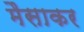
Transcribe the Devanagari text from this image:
मैसाकर